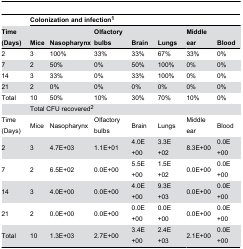
<table><thead><tr><td></td><td colspan="7"><b>Colonization and infection<sup>1</sup></b></td></tr><tr><td><b>Time (Days)</b></td><td><b>Mice</b></td><td><b>Nasopharynx</b></td><td><b>Olfactory bulbs</b></td><td><b>Brain</b></td><td><b>Lungs</b></td><td><b>Middle ear</b></td><td><b>Blood</b></td></tr></thead><tbody><tr><td>2</td><td>3</td><td>100%</td><td>33%</td><td>33%</td><td>67%</td><td>33%</td><td>0%</td></tr><tr><td>7</td><td>2</td><td>50%</td><td>0%</td><td>50%</td><td>100%</td><td>0%</td><td>0%</td></tr><tr><td>14</td><td>3</td><td>33%</td><td>0%</td><td>33%</td><td>100%</td><td>0%</td><td>0%</td></tr><tr><td>21</td><td>2</td><td>0%</td><td>0%</td><td>0%</td><td>0%</td><td>0%</td><td>0%</td></tr><tr><td>Total</td><td>10</td><td>50%</td><td>10%</td><td>30%</td><td>70%</td><td>10%</td><td>0%</td></tr><tr><td></td><td colspan="7">Total CFU recovered<sup>2</sup></td></tr><tr><td>Time (Days)</td><td>Mice</td><td>Nasopharynx</td><td>Olfactory bulbs</td><td>Brain</td><td>Lungs</td><td>Middle ear</td><td>Blood</td></tr><tr><td>2</td><td>3</td><td>4.7E+03</td><td>1.1E+01</td><td>4.0E+00</td><td>3.3E+02</td><td>8.3E+00</td><td>0.0E+00</td></tr><tr><td>7</td><td>2</td><td>6.5E+02</td><td>0.0E+00</td><td>5.5E+00</td><td>1.5E+02</td><td>0.0E+00</td><td>0.0E+00</td></tr><tr><td>14</td><td>3</td><td>4.0E+00</td><td>0.0E+00</td><td>4.0E+00</td><td>9.3E+03</td><td>0.0E+00</td><td>0.0E+00</td></tr><tr><td>21</td><td>2</td><td>0.0E+00</td><td>0.0E+00</td><td>0.0E+00</td><td>0.0E+00</td><td>0.0E+00</td><td>0.0E+00</td></tr><tr><td>Total</td><td>10</td><td>1.3E+03</td><td>2.7E+00</td><td>3.4E+00</td><td>2.4E+03</td><td>2.1E+00</td><td>0.0E+00</td></tr></tbody></table>